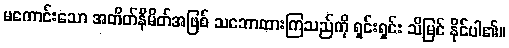
မကောင်းသော အတိတ်နိမိတ်အဖြစ် သဘောထားကြသည်ကို ရှင်းရှင်း သိမြင် နိုင်ပါ၏။